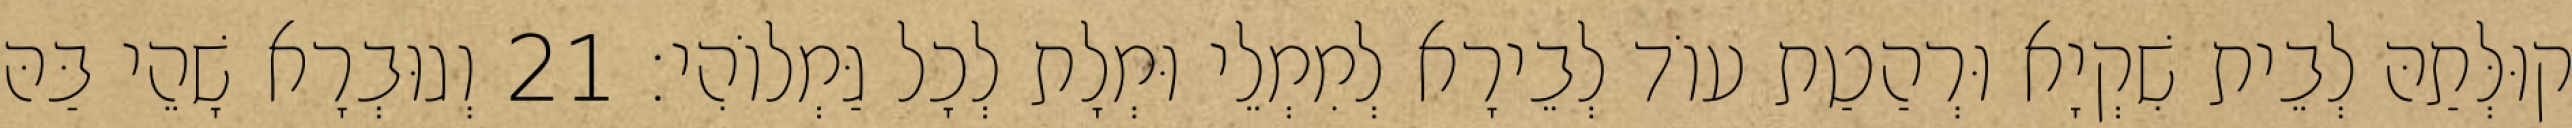
קוּלְּתַהּ לְבֵית שִׁקְיָא וּרְהַטַת עוֹד לְבֵירָא לְמִמְלֵי וּמְלָת לְכָל גַּמְלוֹהִי׃ 21 וְגוּבְרָא שָׁהֵי בַּהּ